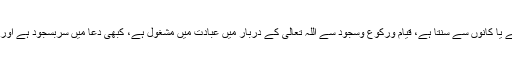
قرآن کریم زبان سے خود پڑھتا ہے یا کانوں سے سنتا ہے، قیام ورکوع وسجود سے اللہ تعالیٰ کے دربار میں عبادت میں مشغول ہے، کبھی دعا میں سربسجود ہے اور کبھی تسبیح وتہلیل وردِ زبان ہے۔